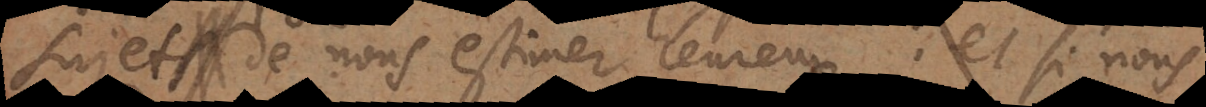
sujet de nous estimer heureux: et si nous